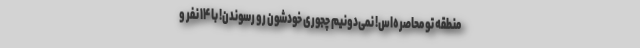
منطقه تو محاصره‌اس! نمی‌دونیم چجوری خودشون رو رسوندن! با ۱۴ نفر و